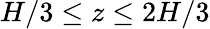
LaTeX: H/3\leq z\leq 2H/3